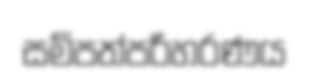
සම්පත්පරිහරණය